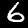
Digit: 6